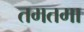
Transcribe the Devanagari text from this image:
तमतमा